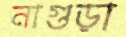
নাগুড়া